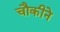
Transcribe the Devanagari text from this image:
चौकीने